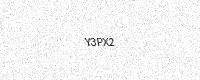
Text: Y3PX2